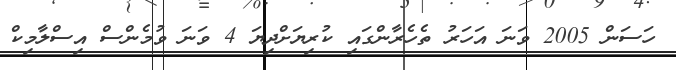
ހަސަން 2005 ވަނަ އަހަރު ތެހެރާންގައި ކުރިޔަށްދިޔަ 4 ވަނަ ވުމެންސް އިސްލާމިކް